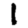
Digit: 1